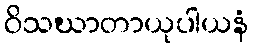
ဝိသဃာတာယုပါယနံ